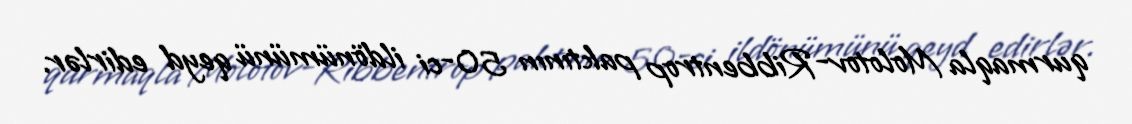
qurmaqla Molotov-Ribbentrop paktının 50-ci ildönümünü qeyd edirlər.